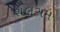
શલગમ